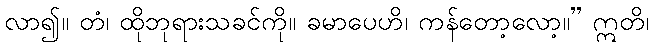
လာ၍။ တံ၊ ထိုဘုရားသခင်ကို။ ခမာပေဟိ၊ ကန်တော့လော့။” ဣတိ၊